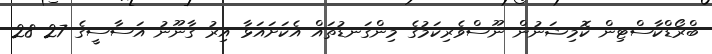
ބްރޯޑްކާސްޓިން ކޮމިޝަނުން ނޫސްވެރިކަމުގެ މިންގަނޑުތައް އެކަށައަޅާ އިރު ގާނޫނު އަސާސީގެ 27 28